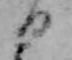
日